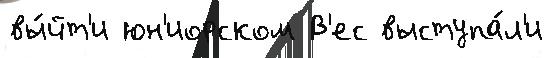
вы́йт'и юн'иорском В'ес выступа́л'и